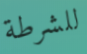
للشرطة